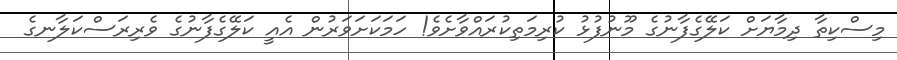
މިސްކިތާ ދިމާޔަށް ކަލޭގެފާނުގެ މޫނުފުޅު ކުރިމަތިކުރައްވާށެވެ! ހަމަކަށަވަރުން އެއީ ކަލޭގެފާނުގެ ވެރިރަސްކަލާނގެ